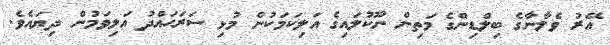
އޭރު ވެލާނާގެ ބިލްޑިންގެ މަތިން ނޫކުލައިގެ އަލިކަމަކުން މުޅި ސަރަޙައްދު އަލިވަމުން ދިޔައެވެ.